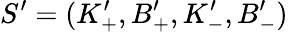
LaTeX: S^{\prime}=(K_{+}^{\prime},B_{+}^{\prime},K_{-}^{\prime},B_{-}^{\prime})